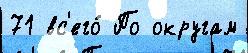
71 вс'его́ По округам